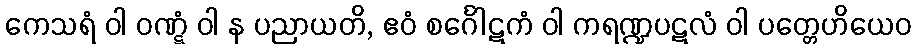
ကေသရံ ဝါ ဝဏ္ဋံ ဝါ န ပညာယတိ, ဧဝံ စင်္ဂေါဋကံ ဝါ ကရဏ္ဍပဋလံ ဝါ ပတ္တေဟိယေဝ